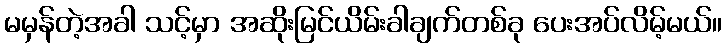
မမှန်တဲ့အခါ သင့်မှာ အဆိုးမြင်ယိမ်းခါချက်တစ်ခု ပေးအပ်လိမ့်မယ်။